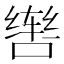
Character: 辔